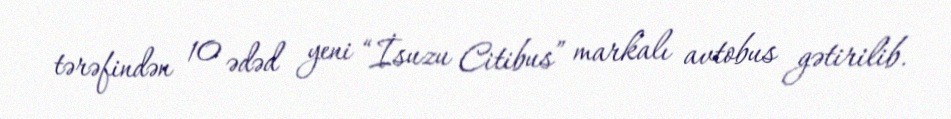
tərəfindən 10 ədəd yeni “İsuzu Citibus” markalı avtobus gətirilib.